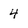
Character: 4